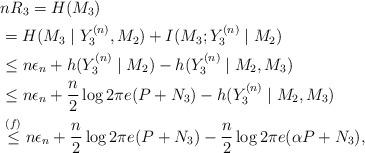
LaTeX: \begin{align*}&nR_3=H(M_3)\\&=H(M_3 \mid Y_3^{(n)},M_2)+I(M_3;Y_3^{(n)}\mid M_2) \\&\leq n\epsilon_n+h(Y_3^{(n)}\mid M_2)-h(Y_3^{(n)}\mid M_2,M_3) \\&\leq n\epsilon_n+\frac{n}{2}\log2\pi e(P+N_3)-h(Y_3^{(n)}\mid M_2,M_3) \\&\overset{(f)}{\leq}n\epsilon_n+\frac{n}{2}\log2\pi e(P+N_3)-\frac{n}{2}\log2\pi e(\alpha P+N_3),\end{align*}